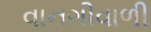
વાનગીવાળી